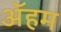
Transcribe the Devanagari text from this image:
ॲहम